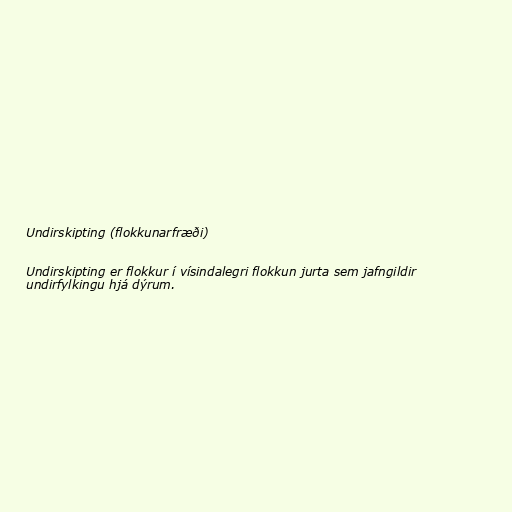
Undirskipting (flokkunarfræði)

Undirskipting er flokkur í vísindalegri flokkun jurta sem jafngildir
undirfylkingu hjá dýrum.